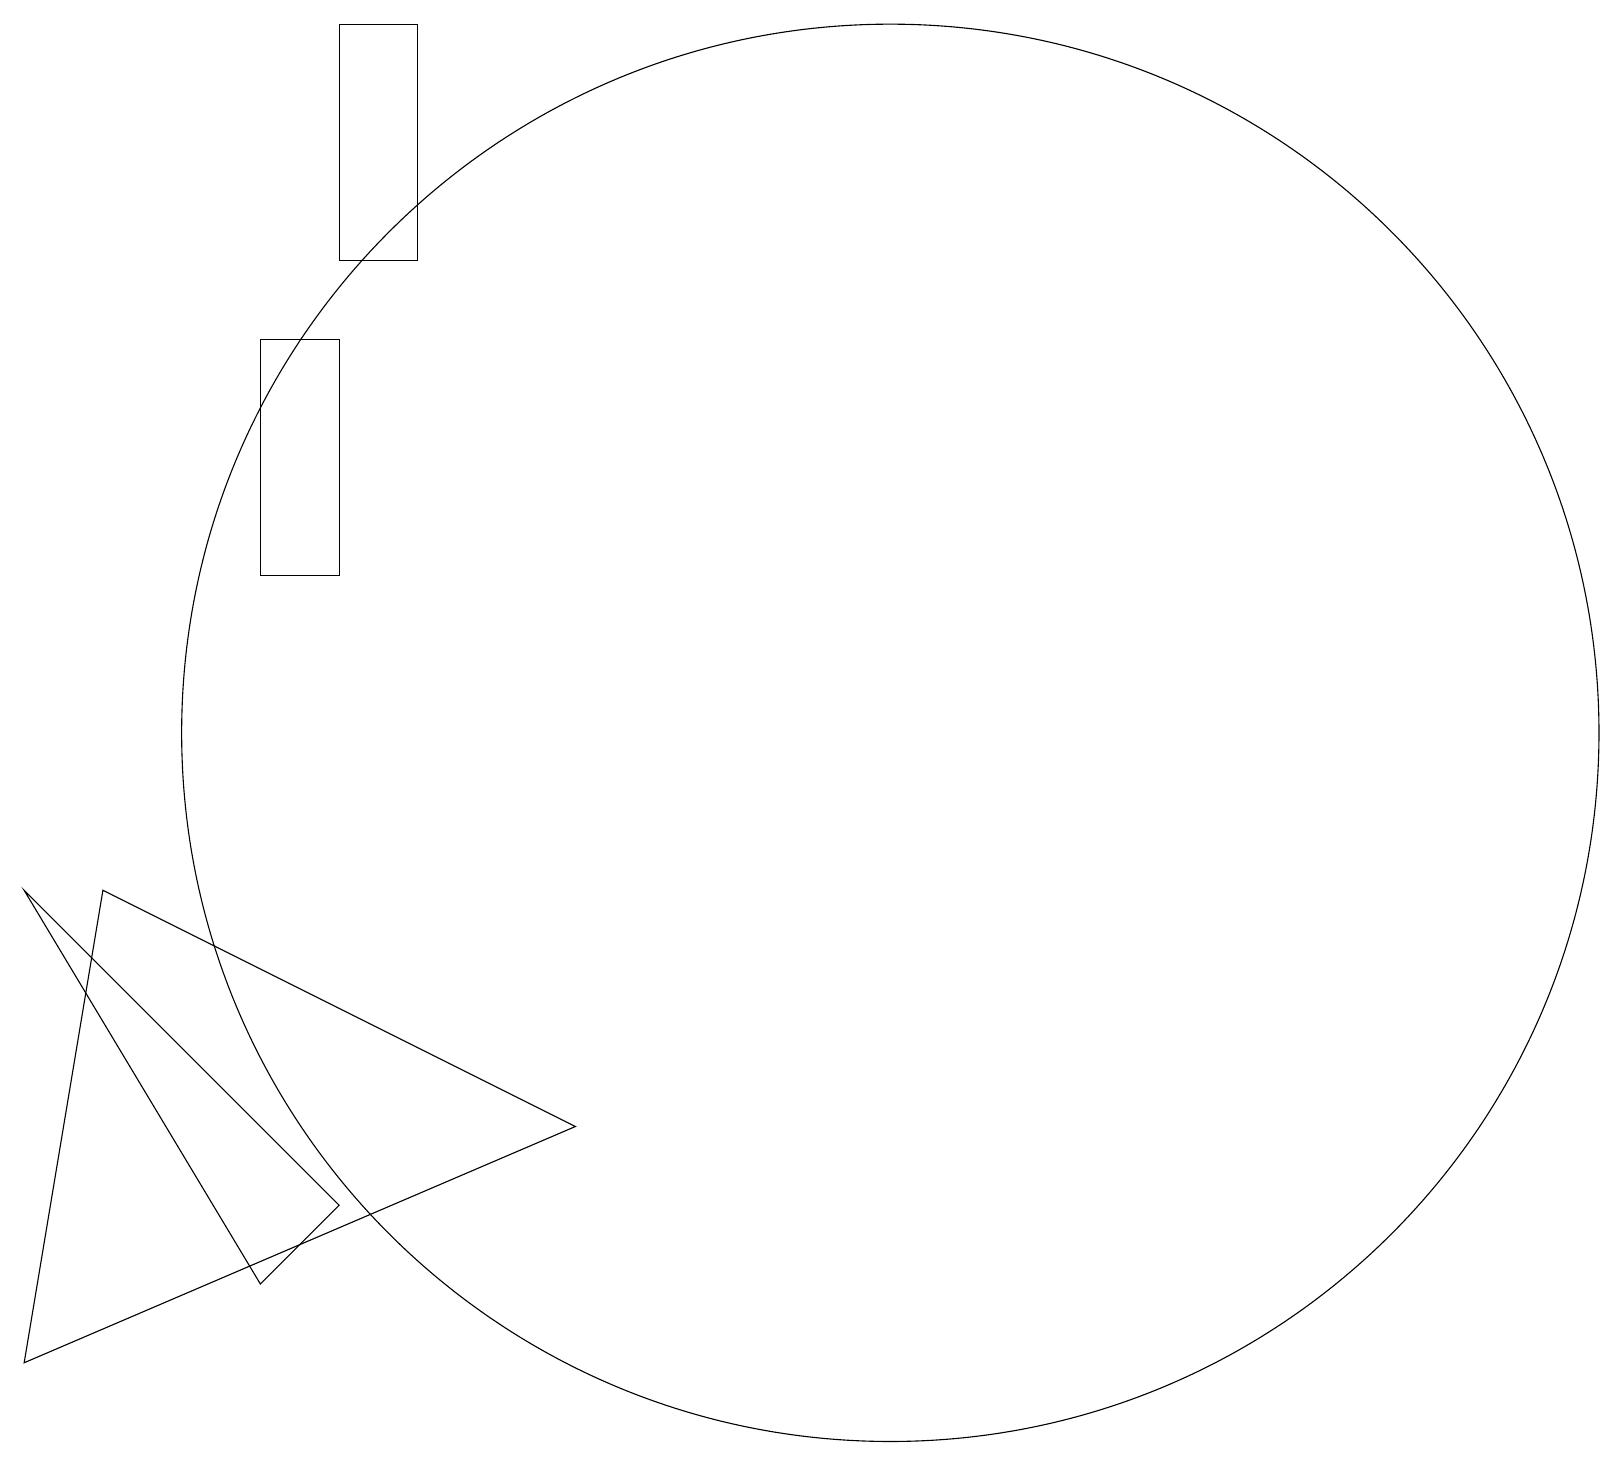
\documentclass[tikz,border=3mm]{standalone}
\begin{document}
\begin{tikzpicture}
\draw (4,19) rectangle (5,16);
\draw (11,10) circle (9);
\draw (0,8) -- (3,3) -- (4,4) -- cycle;
\draw (1,8) -- (0,2) -- (7,5) -- cycle;
\draw (4,12) rectangle (3,15);
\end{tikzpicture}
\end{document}